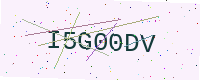
Text: I5G00DV